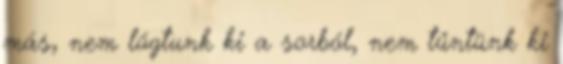
más, nem lógtunk ki a sorból, nem tűntünk ki